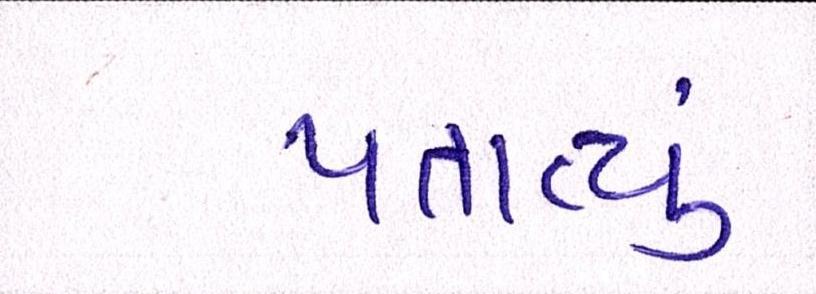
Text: પતાવ્યું